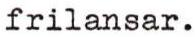
frilansar.